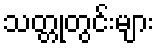
သတ္တုတွင်းများ